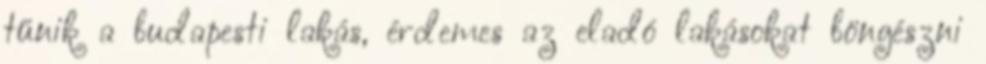
tűnik a budapesti lakás, érdemes az eladó lakásokat böngészni